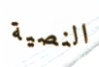
النصية